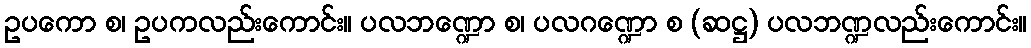
ဥပကော စ၊ ဥပကလည်းကောင်း။ ပလဘဏ္ဍော စ၊ ပလဂဏ္ဍော စ (ဆဋ္ဌ) ပလဘဏ္ဍလည်းကောင်း။